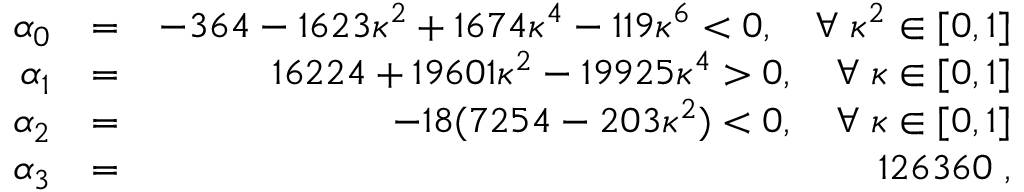
\begin{array} { r l r } { \alpha _ { 0 } } & { = } & { - 3 6 4 - 1 6 2 3 \kappa ^ { 2 } + 1 6 7 4 \kappa ^ { 4 } - 1 1 9 \kappa ^ { 6 } < 0 , \quad \forall \; \kappa ^ { 2 } \in [ 0 , 1 ] } \\ { \alpha _ { 1 } } & { = } & { 1 6 2 2 4 + 1 9 6 0 1 \kappa ^ { 2 } - 1 9 9 2 5 \kappa ^ { 4 } > 0 , \quad \forall \; \kappa \in [ 0 , 1 ] } \\ { \alpha _ { 2 } } & { = } & { - 1 8 ( 7 2 5 4 - 2 0 3 \kappa ^ { 2 } ) < 0 , \quad \forall \; \kappa \in [ 0 , 1 ] } \\ { \alpha _ { 3 } } & { = } & { 1 2 6 3 6 0 \; , } \end{array}